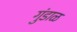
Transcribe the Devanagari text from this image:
गुंडाळ